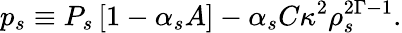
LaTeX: p_{s}\equiv P_{s}\left[1-\alpha_{s}A\right]-\alpha_{s}C\kappa^{2}\rho_{s}^{2\Gamma-1}.